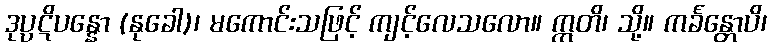
ဒုပ္ပဋိပန္နော (နုခေါ)၊ မကောင်းသဖြင့် ကျင့်လေသလော။ ဣတိ၊ သို့။ ကင်္ခန္တောပိ၊